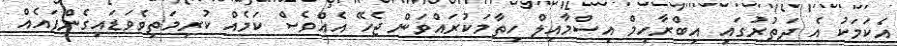
އެކަމަކު އެ ދަތުރުގައި އިބްރާހިމް އިސްމާއިލް ހިތާމަކުރައްވަން ޖެހޭ އެއްވެސް ކަމެއް ކުރިމަތިވެވަޑައިގެންފައެއް